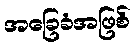
အခြေခံအဖြစ်